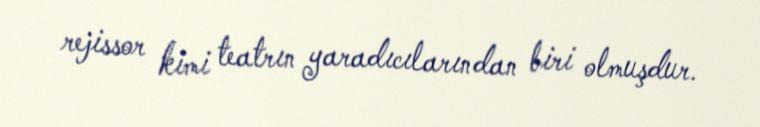
rejissor kimi teatrın yaradıcılarından biri olmuşdur.